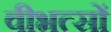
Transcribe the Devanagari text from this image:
वीभत्सों